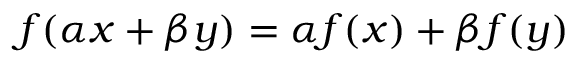
f ( \alpha x + \beta y ) = \alpha f ( x ) + \beta f ( y )